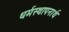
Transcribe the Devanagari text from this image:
धर्मस्थापनार्थ